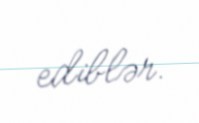
ediblər.